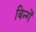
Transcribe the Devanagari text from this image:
बिन्गें